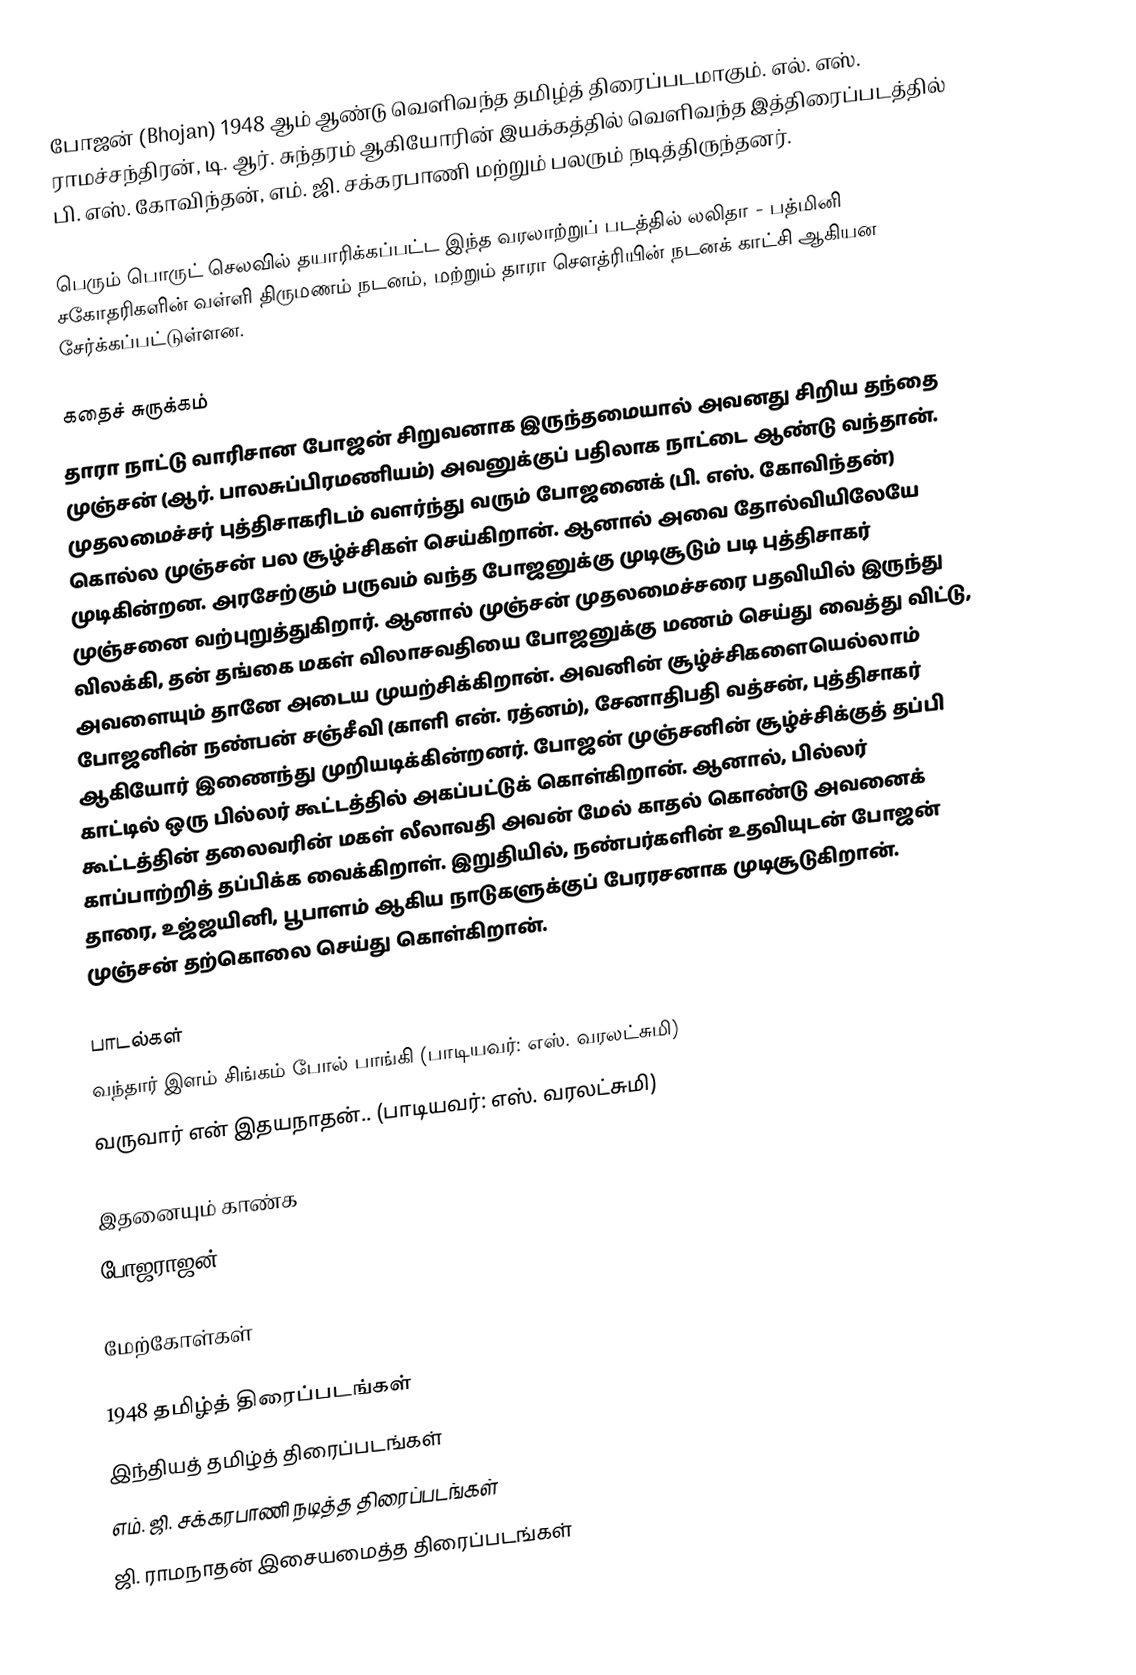
போஜன் (Bhojan) 1948 ஆம் ஆண்டு வெளிவந்த தமிழ்த் திரைப்படமாகும். எல். எஸ். ராமச்சந்திரன், டி. ஆர். சுந்தரம் ஆகியோரின் இயக்கத்தில் வெளிவந்த இத்திரைப்படத்தில் பி. எஸ். கோவிந்தன், எம். ஜி. சக்கரபாணி மற்றும் பலரும் நடித்திருந்தனர்.

பெரும் பொருட் செலவில் தயாரிக்கப்பட்ட இந்த வரலாற்றுப் படத்தில் லலிதா - பத்மினி சகோதரிகளின் வள்ளி திருமணம் நடனம், மற்றும் தாரா சௌத்ரியின் நடனக் காட்சி ஆகியன சேர்க்கப்பட்டுள்ளன.

கதைச் சுருக்கம்
தாரா நாட்டு வாரிசான போஜன் சிறுவனாக இருந்தமையால் அவனது சிறிய தந்தை முஞ்சன் (ஆர். பாலசுப்பிரமணியம்) அவனுக்குப் பதிலாக நாட்டை ஆண்டு வந்தான். முதலமைச்சர் புத்திசாகரிடம் வளர்ந்து வரும் போஜனைக் (பி. எஸ். கோவிந்தன்) கொல்ல முஞ்சன் பல சூழ்ச்சிகள் செய்கிறான். ஆனால் அவை தோல்வியிலேயே முடிகின்றன. அரசேற்கும் பருவம் வந்த போஜனுக்கு முடிசூடும் படி புத்திசாகர் முஞ்சனை வற்புறுத்துகிறார். ஆனால் முஞ்சன் முதலமைச்சரை பதவியில் இருந்து விலக்கி, தன் தங்கை மகள் விலாசவதியை போஜனுக்கு மணம் செய்து வைத்து விட்டு, அவளையும் தானே அடைய முயற்சிக்கிறான். அவனின் சூழ்ச்சிகளையெல்லாம் போஜனின் நண்பன் சஞ்சீவி (காளி என். ரத்னம்), சேனாதிபதி வத்சன், புத்திசாகர் ஆகியோர் இணைந்து முறியடிக்கின்றனர். போஜன் முஞ்சனின் சூழ்ச்சிக்குத் தப்பி காட்டில் ஒரு பில்லர் கூட்டத்தில் அகப்பட்டுக் கொள்கிறான். ஆனால், பில்லர் கூட்டத்தின் தலைவரின் மகள் லீலாவதி அவன் மேல் காதல் கொண்டு அவனைக் காப்பாற்றித் தப்பிக்க வைக்கிறாள். இறுதியில், நண்பர்களின் உதவியுடன் போஜன் தாரை, உஜ்ஜயினி, பூபாளம் ஆகிய நாடுகளுக்குப் பேரரசனாக முடிசூடுகிறான். முஞ்சன் தற்கொலை செய்து கொள்கிறான்.

பாடல்கள்
 வந்தார் இளம் சிங்கம் போல் பாங்கி (பாடியவர்: எஸ். வரலட்சுமி)
 வருவார் என் இதயநாதன்.. (பாடியவர்: எஸ். வரலட்சுமி)

இதனையும் காண்க
 போஜராஜன்

மேற்கோள்கள்

1948 தமிழ்த் திரைப்படங்கள்
இந்தியத் தமிழ்த் திரைப்படங்கள்
எம். ஜி. சக்கரபாணி நடித்த திரைப்படங்கள்
ஜி. ராமநாதன் இசையமைத்த திரைப்படங்கள்